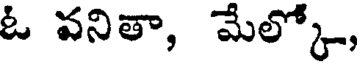
ఓ వనితా, మేల్కో,